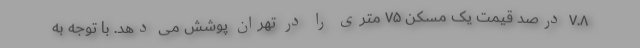
۷.۸ درصد قیمت یک مسکن ۷۵ متری را در تهران پوشش می دهد. با توجه به